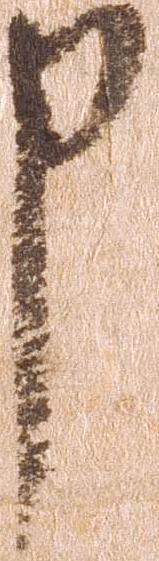
申